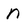
Character: n